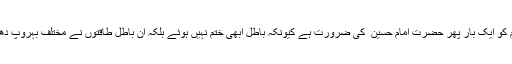
آج عالم اسلام کو ایک بار پھر حضرت امام حسین ؑ کی ضرورت ہے کیونکہ باطل ابھی ختم نہیں ہوئے بلکہ ان باطل طاقتوں نے مختلف بہروپ دھار لئے ہیں ۔